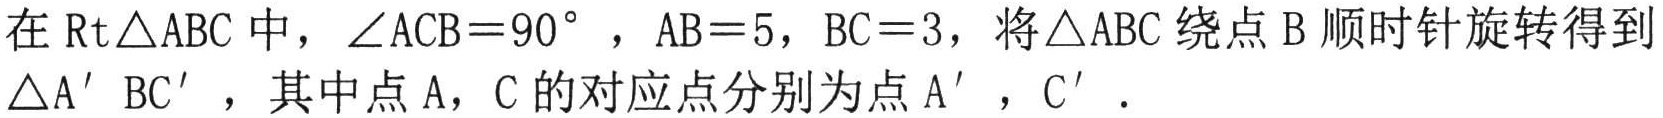
在\(\text{Rt}\triangle ABC\)中，\(\angle ACB = 90^{\circ}\)，\(AB = 5\)，\(BC = 3\)，将\(\triangle ABC\)绕点\(B\)顺时针旋转得到\(\triangle A'BC'\)，其中点\(A\)，\(C\)的对应点分别为点\(A'\)，\(C'\)．